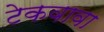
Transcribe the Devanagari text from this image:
टेकवावा